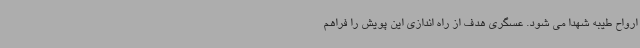
ارواح طیبه شهدا می شود. عسگری هدف از راه اندازی این پویش را فراهم